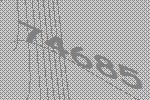
74685